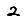
Digit: 2